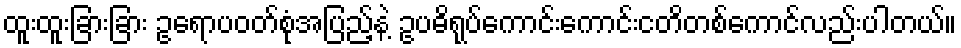
ထူးထူးခြားခြား ဥရောပဝတ်စုံအပြည့်နဲ့ ဥပဓိရုပ်ကောင်းကောင်းငတိတစ်ကောင်လည်းပါတယ်။